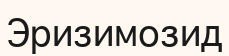
Эризимозид